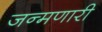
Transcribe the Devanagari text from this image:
जन्मणारी